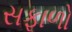
સફાળો